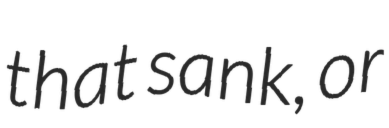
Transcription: that sank, or